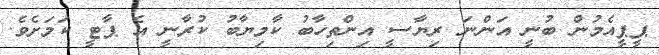
ޕީޕީއެމުން ބުނީ އަންނަ ރިޔާސީ އިންތިހާބު ކާމިޔާބު ކުރާނީ އެ ޕާޓީ ކަމަށެވެ.